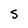
Character: S